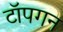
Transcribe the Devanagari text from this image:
टॉपगन